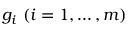
g _ { i } \ ( i = 1 , \ldots , m )